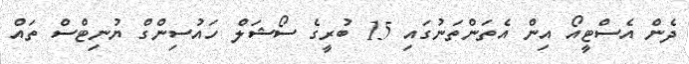
ދެން އެސްޓީއޯ އިން އެތަންތަނުގައި 15 ބުރީގެ ސޯޝަލް ހައުސިންގް ޔުނިޓްސް ތައް